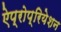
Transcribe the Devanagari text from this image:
ऐप्रोप्रियेशन